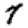
Digit: 7